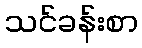
သင်ခန်းစာ